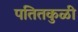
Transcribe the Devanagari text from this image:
पतितकुळी